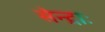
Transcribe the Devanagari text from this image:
सेन्द्राः